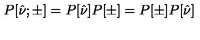
P [ \hat { \nu } ; \pm ] = P [ \hat { \nu } ] P [ \pm ] = P [ \pm ] P [ \hat { \nu } ]